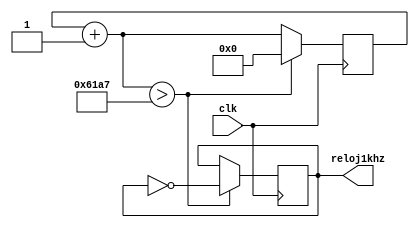
module Reloj1khz (input clk, output reg reloj1khz);

reg[15:0] contador;
 always @( posedge clk )
 begin
    contador=contador+1'b1;
	 if (contador>16'd24999)
	    begin
			 contador=0;
			 reloj1khz=~reloj1khz;
	    end
	 
 end
 
 endmodule